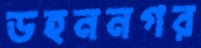
ডহননগর